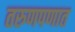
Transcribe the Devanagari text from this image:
तरुणपणात